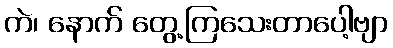
ကဲ၊ နောက် တွေ့ကြသေးတာပေါ့ဗျာ